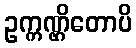
ဥက္ကဏ္ဌိတောပိ